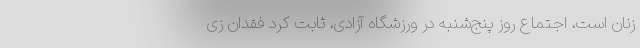
زنان است، اجتماع روز پنج‌شنبه در ورزشگاه آزادی، ثابت کرد فقدان زی